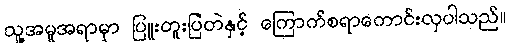
သူ့အမူအရာမှာ ပြူးတူးပြဲတဲနှင့် ကြောက်စရာကောင်းလှပါသည်။